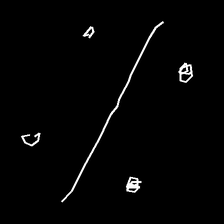
Glyph: cool